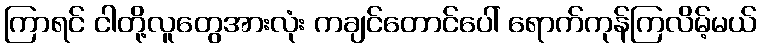
ကြာရင် ငါတို့လူတွေအားလုံး ကချင်တောင်ပေါ် ရောက်ကုန်ကြလိမ့်မယ်